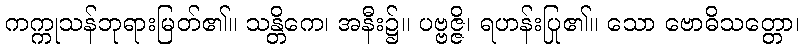
ကက္ကုသန်ဘုရားမြတ်၏။ သန္တိကေ၊ အနီး၌။ ပဗ္ဗဇ္ဇိ၊ ရဟန်းပြု၏။ သော ဗောဓိသတ္တော၊